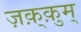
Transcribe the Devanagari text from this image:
ज़क़्क़ुम्